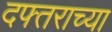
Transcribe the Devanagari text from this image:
दफ्तराच्या